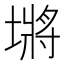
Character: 𪤖